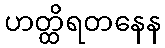
ဟတ္ထိရတနေန